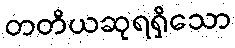
တတိယဆုရရှိသော